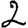
Digit: 2